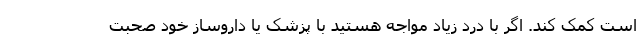
است کمک کند. اگر با درد زیاد مواجه هستید با پزشک یا داروساز خود صحبت